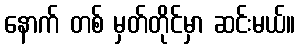
နောက် တစ် မှတ်တိုင်မှာ ဆင်းမယ်။